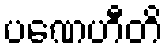
ပဏေဟီတိ